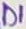
Text: D1